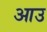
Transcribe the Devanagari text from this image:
आउ